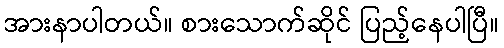
အားနာပါတယ်။ စားသောက်ဆိုင် ပြည့်နေပါပြီ။